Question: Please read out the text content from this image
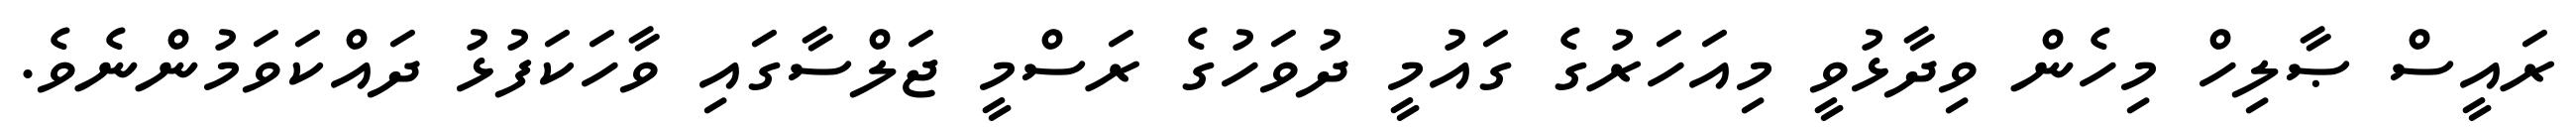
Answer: ރައީސް ޞާލިހް މިހެން ވިދާޅުވީ މިއަހަރުގެ ގައުމީ ދުވަހުގެ ރަސްމީ ޖަލްސާގައި ވާހަކަފުޅު ދައްކަވަމުންނެވެ.